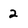
Character: 2